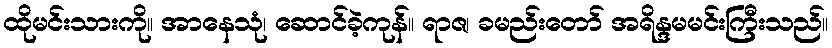
ထိုမင်းသားကို။ အာနေသုံ၊ ဆောင်ခဲ့ကုန်။ ရာဇ၊ ခမည်းတော် အရိန္ဒမမင်းကြီးသည်။